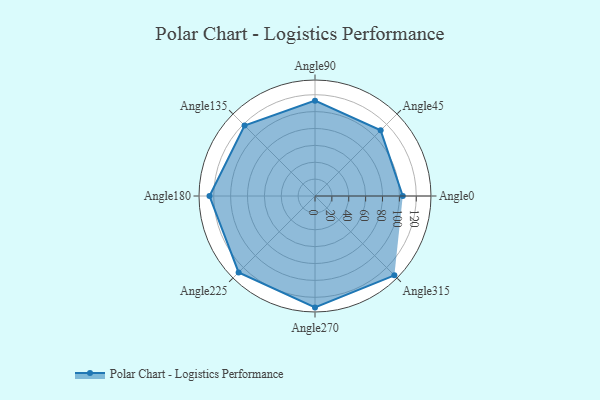
{"axis": {"x": "Angle", "y": "Radius"}, "legend": [""], "data": [{"x": "Angle0", "y": 104.0, "type": ""}, {"x": "Angle45", "y": 110.0, "type": ""}, {"x": "Angle90", "y": 113.0, "type": ""}, {"x": "Angle135", "y": 118.0, "type": ""}, {"x": "Angle180", "y": 125.0, "type": ""}, {"x": "Angle225", "y": 128.0, "type": ""}, {"x": "Angle270", "y": 132.0, "type": ""}, {"x": "Angle315", "y": 133.0, "type": ""}]}